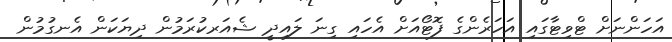
އަހަންނަށް ޓްވިޓާގައި އަހަރެންގެ ފޮޓޯއަށް އެހައި ގިނަ ލައިދީ ޝެއަރކުރަމުން ދިޔަކަން އެނގުމުން